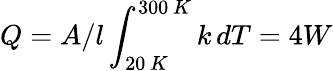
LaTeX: Q=A/l\int_{20\, K}^{300\, K}k\, dT=4W